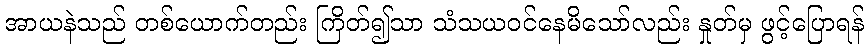
အာယနဲသည် တစ်ယောက်တည်း ကြိတ်၍သာ သံသယဝင်နေမိသော်လည်း နှုတ်မှ ဖွင့်ပြောရန်